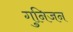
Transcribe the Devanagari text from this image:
गुनिजन